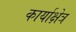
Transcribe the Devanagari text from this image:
कार्याक्षेत्र